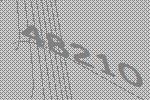
48210